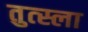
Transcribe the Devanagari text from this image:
तुत्स्ला